Indian Civil Veterinary Department memoirs
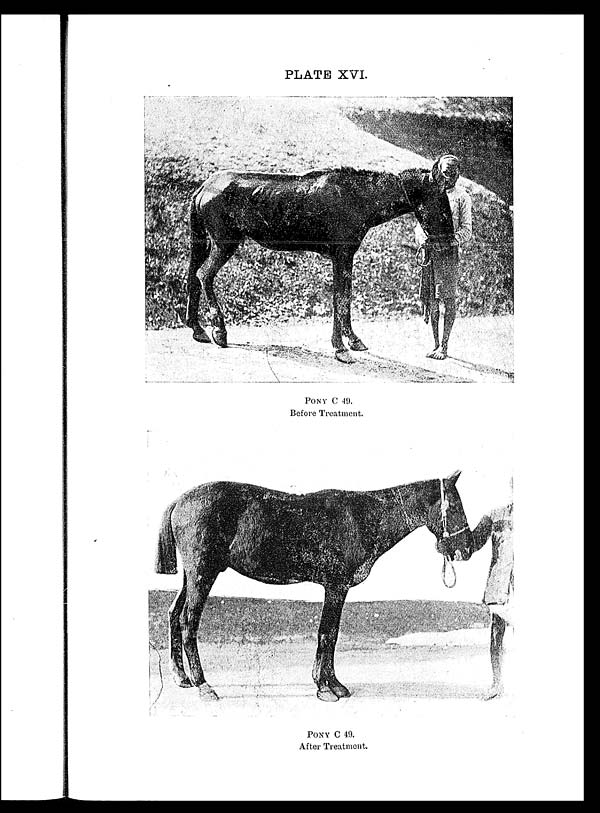
PLATE XVI.
PONY C 49.
Before Treatment.
PONY C 49.
After Treatment.